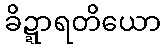
ခိဍ္ဍာရတိယော